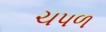
ચપળ